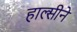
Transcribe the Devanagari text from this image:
हाल्सीने